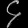
Digit: ၄